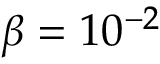
\beta = 1 0 ^ { - 2 }